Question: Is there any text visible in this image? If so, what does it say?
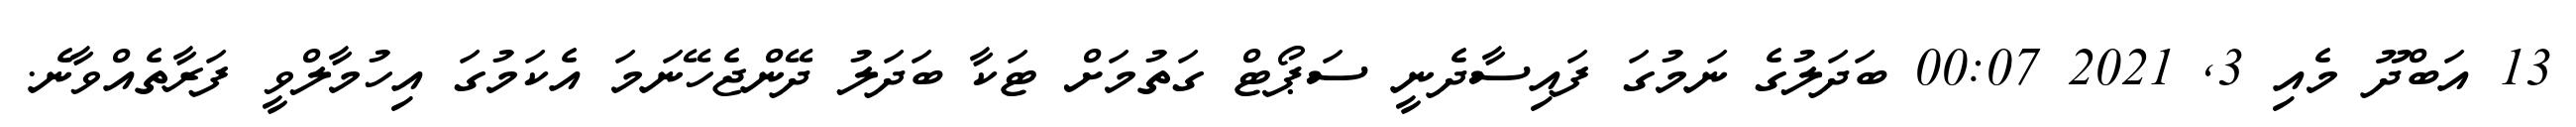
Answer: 13 އަބްދޫ މެއި 3, 2021 00:07 ބަދަލުގެ ނަމުގަ ފައިސާދެނީ ސަޕޯޓް ގަތުމަށް ޓަކާ ބަދަލު ދޭންޖެހޭނަމަ އެކަމުގަ އިހުމާލްވީ ފަރާތެއްވާނެ.